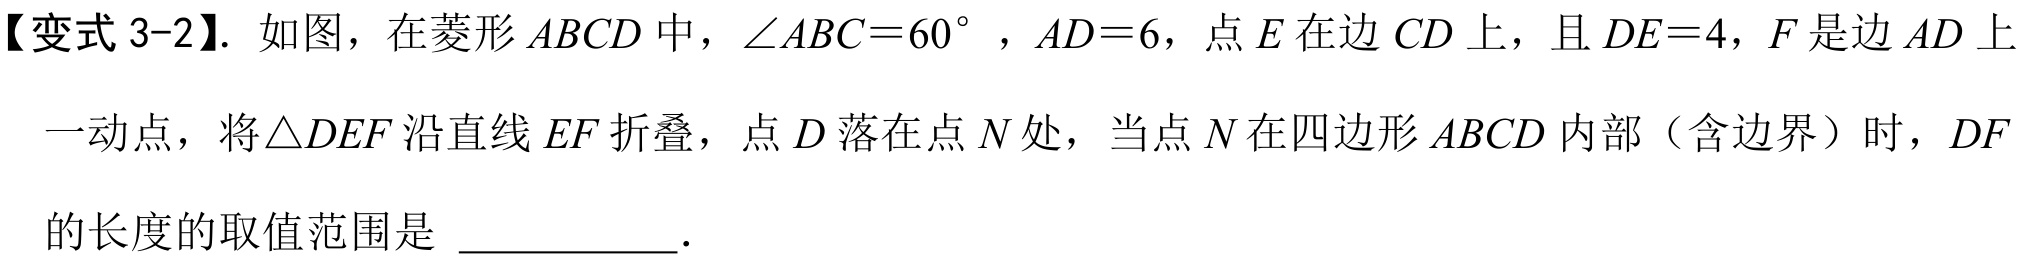
【变式 3-2】. 如图，在菱形 \(ABCD\) 中，\(\angle ABC = 60^{\circ}\) ，\(AD = 6\)，点 \(E\) 在边 \(CD\) 上，且 \(DE = 4\)，\(F\) 是边 \(AD\) 上
一动点，将 \(\triangle DEF\) 沿直线 \(EF\) 折叠，点 \(D\) 落在点 \(N\) 处，当点 \(N\) 在四边形 \(ABCD\) 内部（含边界）时，\(DF\)
的长度的取值范围是 ___________.